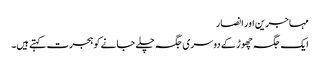
مہاجرین اور انصار
ایک جگہ چھوڑ کے دوسری جگہ چلے جانے کو ہجرت کہتے ہیں۔